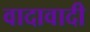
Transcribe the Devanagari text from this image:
वादावादी